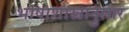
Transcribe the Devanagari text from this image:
भाषाशास्त्रानुसार